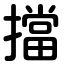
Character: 擋